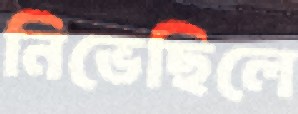
নিভেছিলে